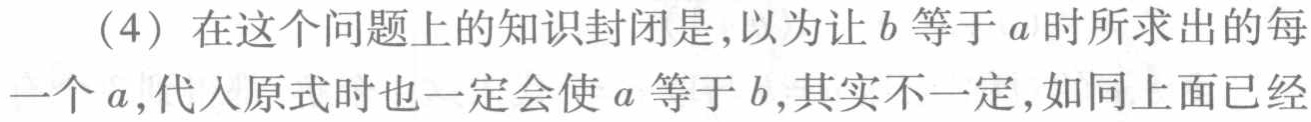
（4）在这个问题上的知识封闭是，以为让\(b\)等于\(a\)时所求出的每一个\(a\)，代入原式时也一定会使\(a\)等于\(b\)，其实不一定，如同上面已经